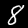
Digit: 8